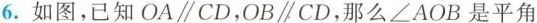
6.如图，已知OA∥CD，OB∥CD，那么∠AOB是平角